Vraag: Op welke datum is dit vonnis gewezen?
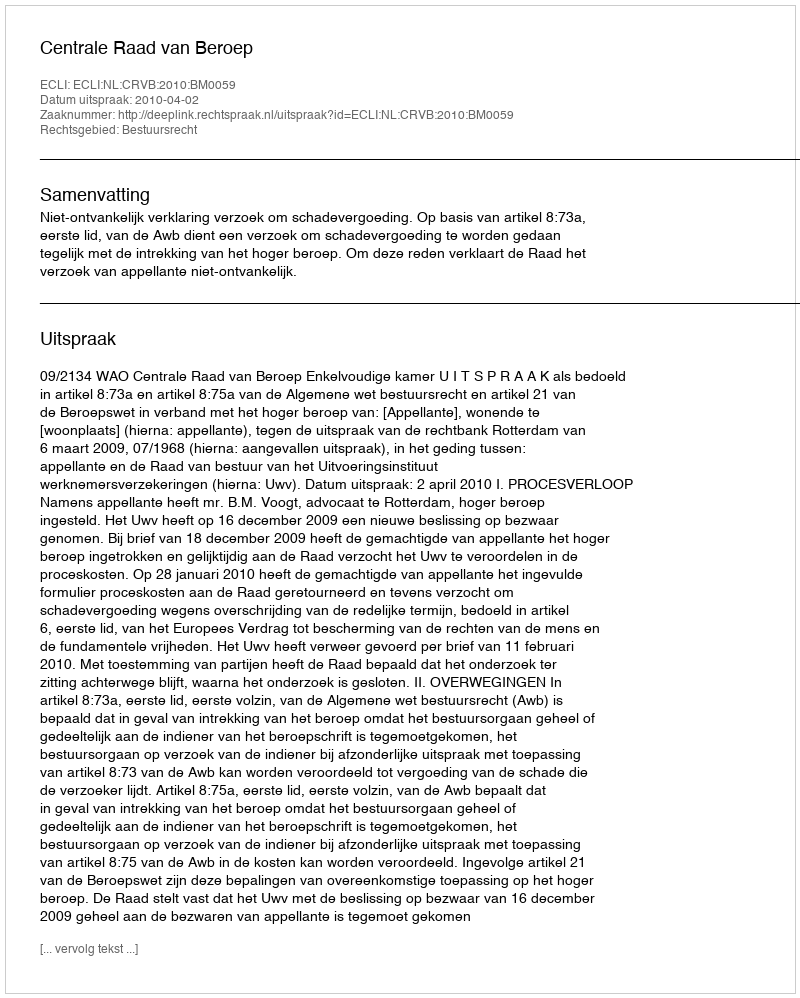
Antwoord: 2010-04-02